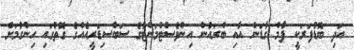
އަދި ބޮޑުފަރަކީ ޕާމް ގާޑަން އާއި ބްރައުން އިންވެސްޓްމަންޓުގެ ސަބްސިޑަރީއެއްގެ ގޮތުގައި ހިންގުމަށް